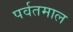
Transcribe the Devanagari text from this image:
पर्वतमाल